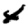
Digit: 4